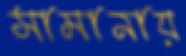
সামানায়